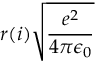
r ( i ) \sqrt { \frac { e ^ { 2 } } { 4 \pi \epsilon _ { 0 } } }